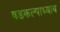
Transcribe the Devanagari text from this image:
षडकल्पाध्याय